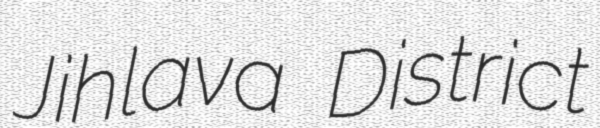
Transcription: Jihlava District